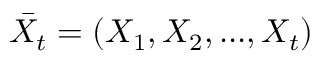
\bar { X _ { t } } = ( X _ { 1 } , X _ { 2 } , . . . , X _ { t } )